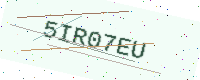
Text: 5IR07EU